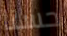
حسنا